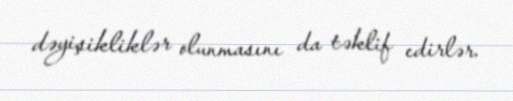
dəyişikliklər olunmasını da təklif edirlər.